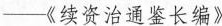
——《续资治通鉴长编》